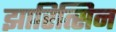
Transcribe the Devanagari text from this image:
झारित्सिन